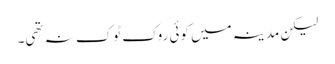
لیکن مدینہ میں کوئی روک ٹوک نہ تھی۔